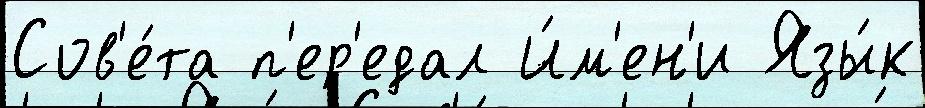
Сов'е́та п'ер'едал И́м'ен'и Язы́к